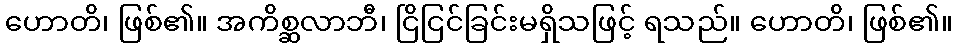
ဟောတိ၊ ဖြစ်၏။ အကိစ္ဆလာဘီ၊ ငြိငြင်ခြင်းမရှိသဖြင့် ရသည်။ ဟောတိ၊ ဖြစ်၏။